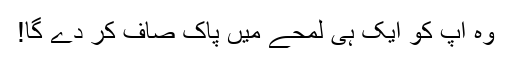
وہ آپ کو ایک ہی لمحے میں پاک صاف کر دے گا!